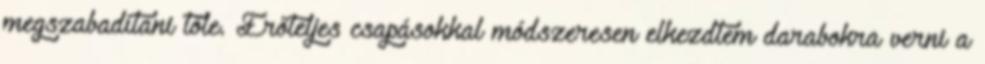
megszabadítani tőle. Erőteljes csapásokkal módszeresen elkezdtem darabokra verni a